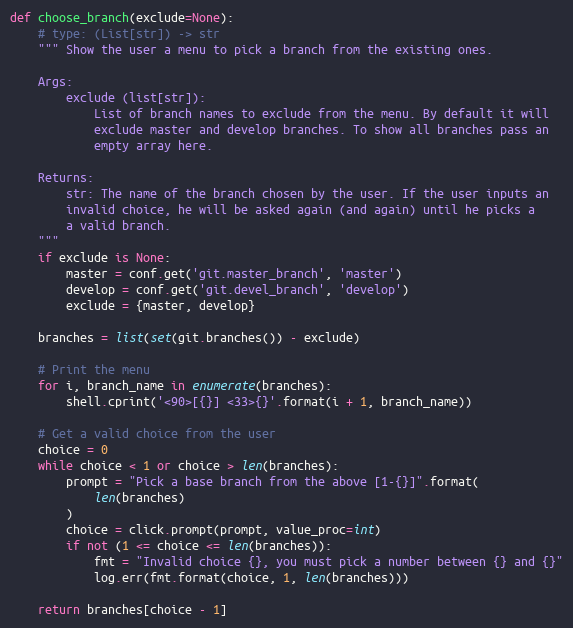
Language: Python
def choose_branch(exclude=None):
    # type: (List[str]) -> str
    """ Show the user a menu to pick a branch from the existing ones.

    Args:
        exclude (list[str]):
            List of branch names to exclude from the menu. By default it will
            exclude master and develop branches. To show all branches pass an
            empty array here.

    Returns:
        str: The name of the branch chosen by the user. If the user inputs an
        invalid choice, he will be asked again (and again) until he picks a
        a valid branch.
    """
    if exclude is None:
        master = conf.get('git.master_branch', 'master')
        develop = conf.get('git.devel_branch', 'develop')
        exclude = {master, develop}

    branches = list(set(git.branches()) - exclude)

    # Print the menu
    for i, branch_name in enumerate(branches):
        shell.cprint('<90>[{}] <33>{}'.format(i + 1, branch_name))

    # Get a valid choice from the user
    choice = 0
    while choice < 1 or choice > len(branches):
        prompt = "Pick a base branch from the above [1-{}]".format(
            len(branches)
        )
        choice = click.prompt(prompt, value_proc=int)
        if not (1 <= choice <= len(branches)):
            fmt = "Invalid choice {}, you must pick a number between {} and {}"
            log.err(fmt.format(choice, 1, len(branches)))

    return branches[choice - 1]